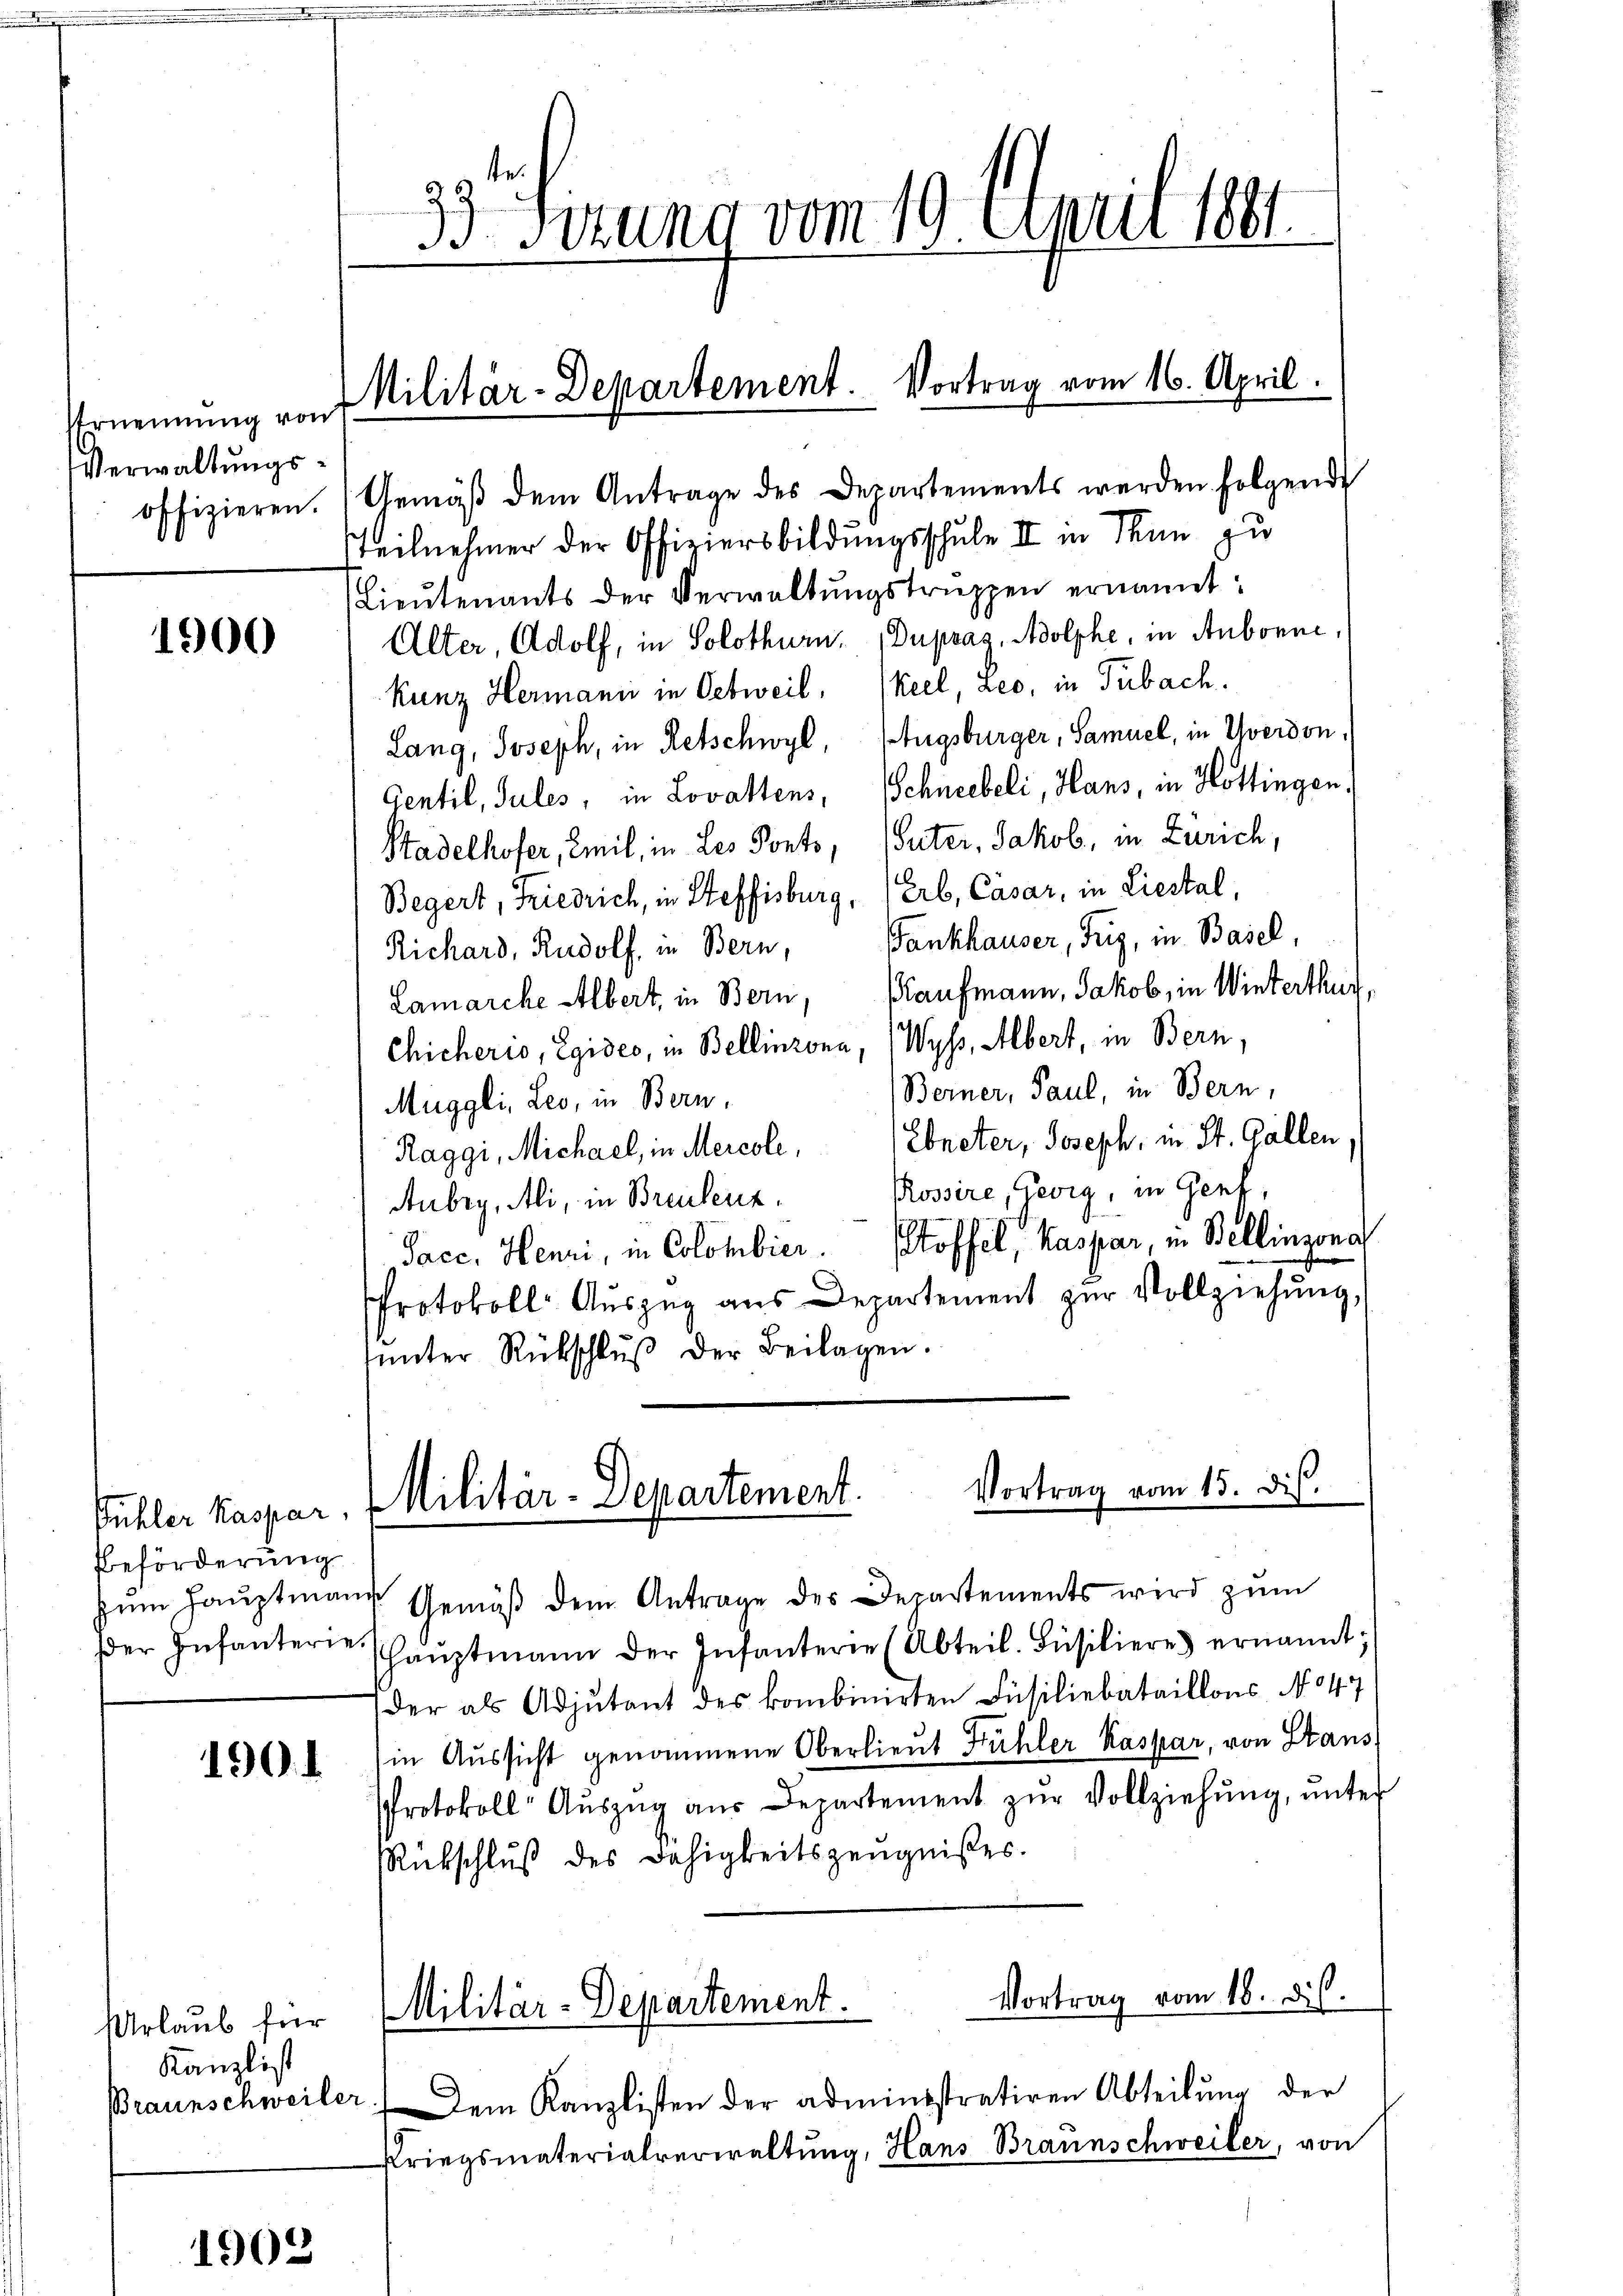
Ernennung von
Verwaltungs¬

1900

Bühler Kaspar
Beförderung
der Infanterie.

1901

Urlaub für
Kanzlist
Braunschweiler

1908

33 Sitzung vom 10. April 1881.

Militär-Departement. Vortrag vom 16. April.

offizieren. (Gemäβ dem Antrage des Departements werden folgend
teilnehmer der Offiziersbildungsschule II in Thun zu
Lieutenants der Verwaltungstruppen ernannt:
Alter, Adolf, in Solothurn. (Dupraz, Adolphe, in Aubonne,
Kunz Hermann in Oetweil, (keel, Leo, in Tubach.
Lang, Joseph, in Retschwyl, Etugsburger, Samuel, in Yverdon,
Centil, Sules, in Lovattens, Schneebeli, Hans, in Hottingen.
Stadelhofer, Emil, in Les Ponts, uter, Jakob, in Zürich,
Begert, Friedrich, in Steffisburg, (Erb, Casar, in Liestal,
Richard, Rudolf, in Bern, Fankhauser, Friz, in Basel,
Lamarche Albert, in Bern, Kaufmann, Jakob, in Winterthur,
Chicheris, Egides, in Bellinzona, Wyss, Albert, in Bern,
Berner, Paul, in Bern,
Muggli, Leo, in Bern,
Ebneter, Joseph, in St. Gallen
Raggi, Michael, in Mercole,
Rossire, Georg, in Genf,
Aubry, Ali, in Breulenz,
Sacc, Henri, in Colombier. Stoffel, Kaspar, in Bellinzona
Protokoll Auszug aus Departement zur Vollziehung,
ŭnter Rückschlŭβ der Beilagen.

zum Hauptmann Gemäß dem Antrage des Departements wird zum
Haŭptmann der Infanterie (Abteil. Füsiliere ernannt;
der als Adjutant des kombinirten Füsiliebataillons No 47
in Aussicht genommene Oberlieut Fühler Kaspar, von Stans
Protokoll- Aŭszŭg aŭs Departement zŭr Vollziehŭng ŭnter
Rückschluß des Dahigkeitszeugnißes.
Vortrag vom 18. d.

Vortrag vom 15. dis.
Militär-Departement

Militär-Departement.

Dem Kanzlisten der administrativen Abteilung der
Kriegsmaterialverwaltung, Hans Braunschweiler, von